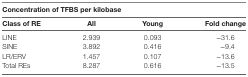
| <COLSPAN=4> Concentration of TFBS per kilobase |
 | Class of RE | All | Young | Fold change |
 | --- | --- | --- | --- |
 | LINE | 2.939 | 0.093 | −31.6 |
 | SINE | 3.892 | 0.416 | −9.4 |
 | LR/ERV | 1.457 | 0.107 | −13.6 |
 | Total REs | 8.287 | 0.616 | −13.5 |